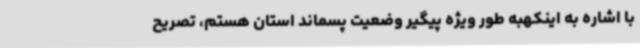
با اشاره به اینکهبه طور ویژه پیگیر وضعیت پسماند استان هستم، تصریح